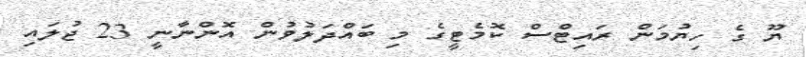
ޔޫ ގެ ހިޔުމަން ރައިޓްސް ކޮމެޓީގެ މި ބައްދަލުވުން އޮންނާނީ 23 ޖުލައި